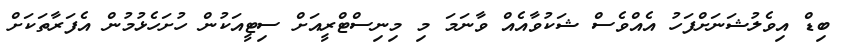
ބިޑް އިވެލުޝަނަށްފަހު އެއްވެސް ޝަކުވާއެއް ވާނަމަ މި މިނިސްޓްރީއަށް ސިޓީއަކުން ހުށަހެޅުމުން އެފަރާތަކަށް